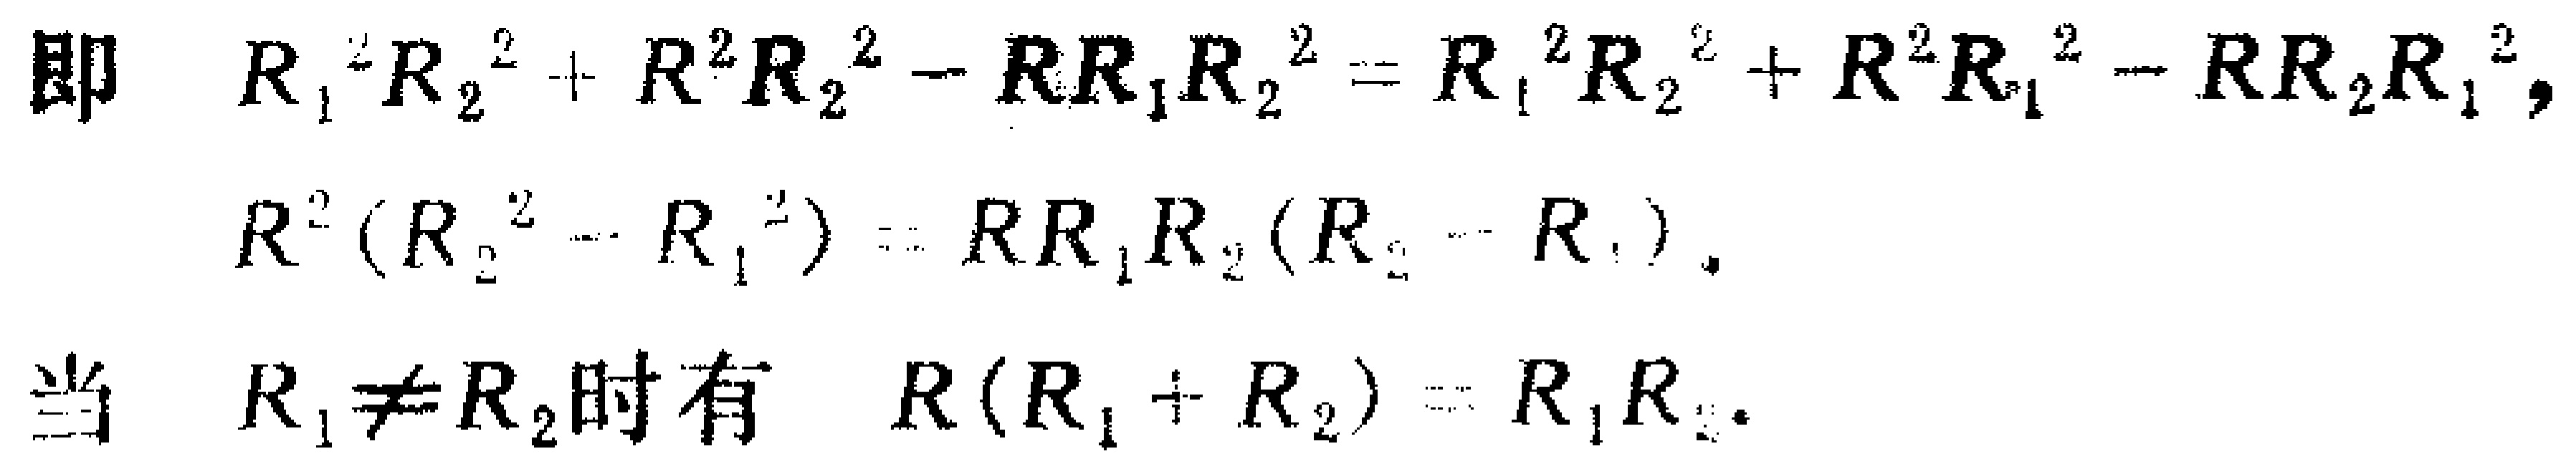
即 \(R_{1}^{2}R_{2}^{2}+R^{2}R_{2}^{2}-RR_{1}R_{2}^{2}=R_{1}^{2}R_{2}^{2}+R^{2}R_{1}^{2}-RR_{2}R_{1}^{2}\)，
\[
R^{2}(R_{2}^{2}-R_{1}^{2}) = RR_{1}R_{2}(R_{2}-R_{1})
\]
当 \(R_{1}\neq R_{2}\) 时有 \(R(R_{1}+R_{2}) = R_{1}R_{2}\)。